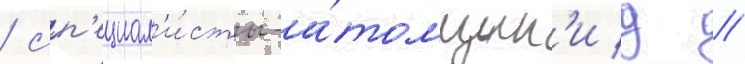
/ сп'ециал'и́сты-а́томщик'и д //